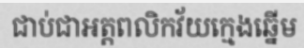
ជាប់ជាអត្តពលិកវ័យក្មេងឆ្នើម